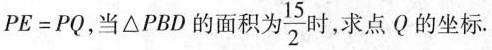
$$PE = PQ$$，当△PBD的面积为 \frac{15}{2} 时，求点Q的坐标.